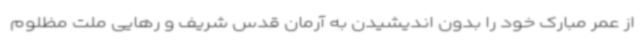
از عمر مبارک خود را بدون اندیشیدن به آرمان قدس شریف و رهایی ملت مظلوم